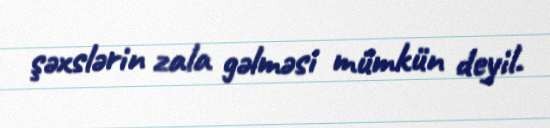
şəxslərin zala gəlməsi mümkün deyil.